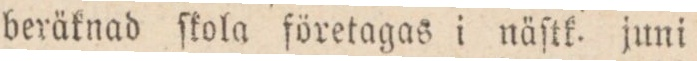
beräknad ſkola företagas i näſtk. juni